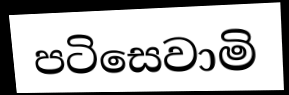
පටිසෙවාමි